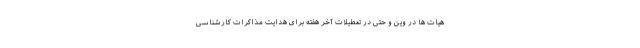
هیات ها در وین و حتی در تعطیلات آخر هفته برای هدایت مذاکرات کارشناسی